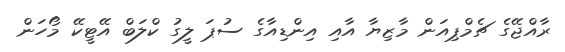
ރާއްޖޭގެ ޗެމްޕިއަން މާޒިޔާ އާއި އިންޑިއާގެ ސުޕަ ލީގު ކްލަބް އޭޓީކޭ މޯހަން